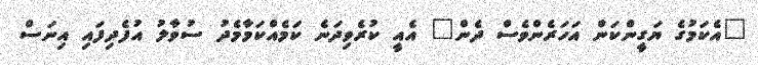
"އެކަމުގެ ޔަގީންކަން އަހަރެންވެސް ދެން" އެއީ ކުރެވިދަނެ ކަމެއްކަމާމެދު ސުވާލު އުފެދިފައި އިނަސް